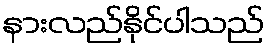
နားလည်နိုင်ပါသည်